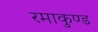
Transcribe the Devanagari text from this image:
रमाकुण्ड